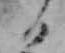
日